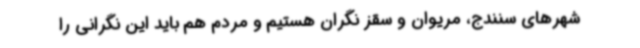
شهرهای سنندج، مریوان و سقز نگران هستیم و مردم هم باید این نگرانی را